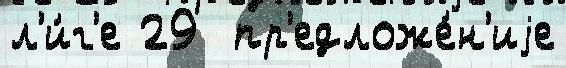
л'и́г'е 29  пр'едложе́н'иjе